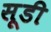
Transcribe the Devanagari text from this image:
सूडी